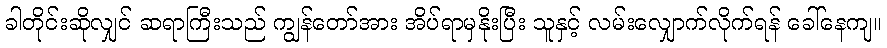
ခါတိုင်းဆိုလျှင် ဆရာကြီးသည် ကျွန်တော်အား အိပ်ရာမှနိုးပြီး သူနှင့် လမ်းလျှောက်လိုက်ရန် ခေါ်နေကျ။